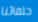
حلفائنا